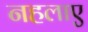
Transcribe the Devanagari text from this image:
नहलाए